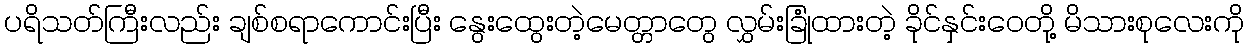
ပရိသတ်ကြီးလည်း ချစ်စရာကောင်းပြီး နွေးထွေးတဲ့မေတ္တာတွေ လွှမ်းခြုံထားတဲ့ ခိုင်နှင်းဝေတို့ မိသားစုလေးကို